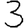
Digit: 3